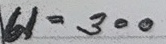
61 = 300